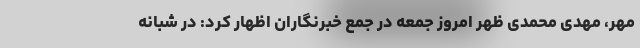
مهر، مهدی محمدی ظهر امروز جمعه در جمع خبرنگاران اظهار کرد: در شبانه